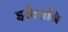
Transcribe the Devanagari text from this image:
इसैग्नानि